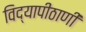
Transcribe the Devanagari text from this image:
विद्यापीठाणी